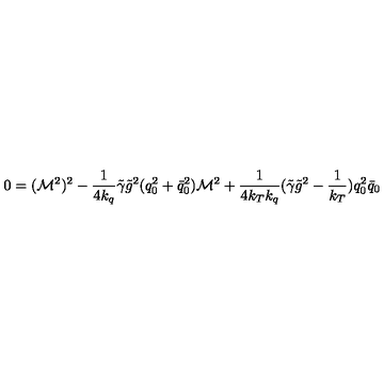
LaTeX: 0 = ( { \cal M } ^ { 2 } ) ^ { 2 } - \frac 1 { 4 k _ { q } } \tilde { \gamma } \tilde { g } ^ { 2 } ( q _ { 0 } ^ { 2 } + \bar { q } _ { 0 } ^ { 2 } ) { \cal M } ^ { 2 } + \frac 1 { 4 k _ { T } k _ { q } } ( \tilde { \gamma } \tilde { g } ^ { 2 } - \frac 1 { k _ { T } } ) q _ { 0 } ^ { 2 } \bar { q } _ { 0 }